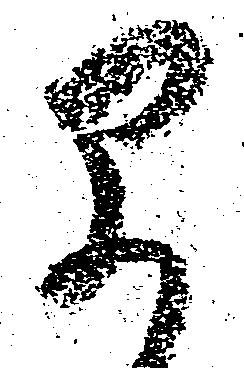
早